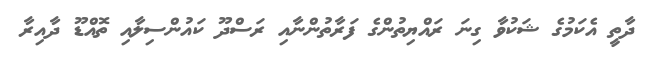
ދާތީ އެކަމުގެ ޝަކުވާ ގިނަ ރައްޔިތުންގެ ފަރާތުންނާއި ރަސްދޫ ކައުންސިލާއި ތޮއްޑޫ ދާއިރާ